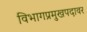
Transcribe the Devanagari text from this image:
विभागप्रमुखपदावर